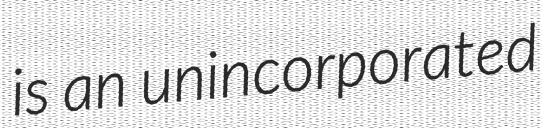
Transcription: is an unincorporated